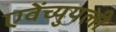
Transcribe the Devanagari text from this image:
एवेंच्युयली